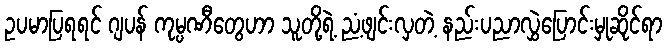
ဥပမာပြရရင် ဂျပန် ကုမ္ပဏီတွေဟာ သူတို့ရဲ့ ညံ့ဖျင်းလှတဲ့ နည်းပညာလွှဲပြောင်းမှုဆိုင်ရာ